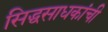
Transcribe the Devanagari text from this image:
सिद्धसाधकांची